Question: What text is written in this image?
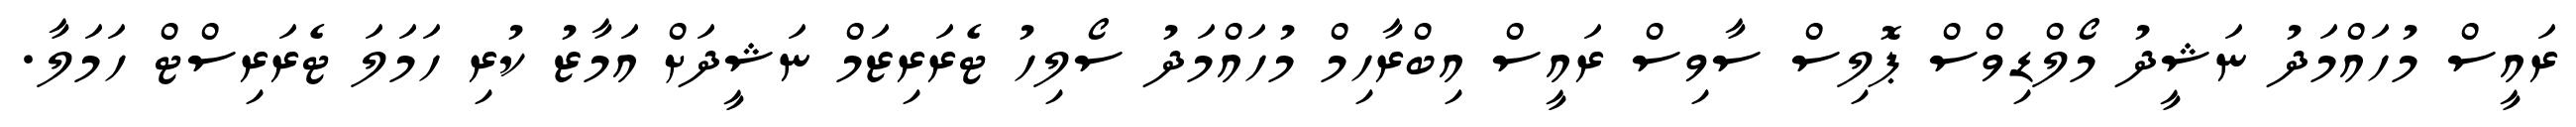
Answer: ރައީސް މުހައްމަދު ނަޝީދު މޯލްޑިވްސް ޕޮލިސް ސާވިސް ރައީސް އިބްރާހިމް މުހައްމަދު ސޯލިހު ޓެރަރިޒަމް ނަޝީދަށް އަމާޒު ކުރި ހަމަލަ ޓެރަރިސްޓް ހަމަލާ.